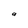
Character: a